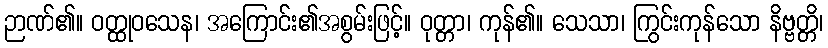
ဉာဏ်၏။ ဝတ္ထုဝသေန၊ အကြောင်း၏အစွမ်းဖြင့်။ ဝုတ္တာ၊ ကုန်၏။ သေသာ၊ ကြွင်းကုန်သော နိဗ္ဗတ္တိ၊